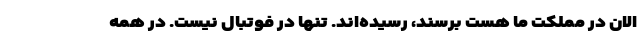
الان در مملکت ما هست برسند، رسیده‌اند. تنها در فوتبال نیست. در همه